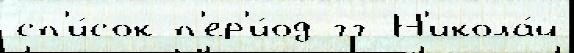
сп'и́сок п'ер'и́од гг Н'икола́й